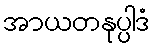
အာယတနုပ္ပါဒံ